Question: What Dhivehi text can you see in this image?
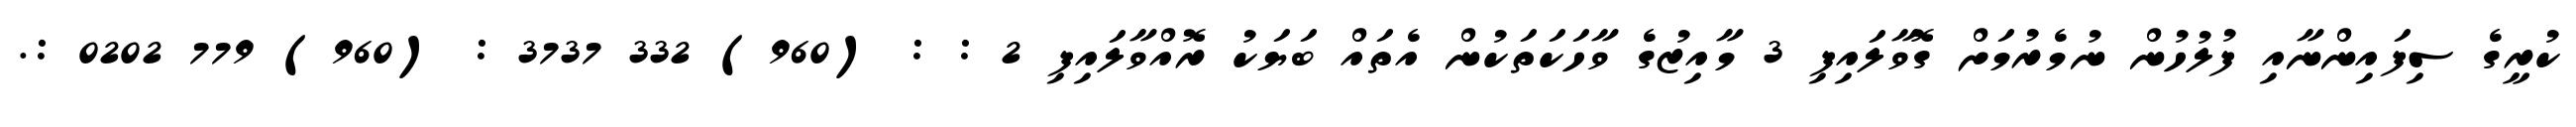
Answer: ކުރީގެ ސިފައިންނާއި ފުލުހުން ނުމެރުމަށް ގޮވާލައިފި 3 މާއިޒުގެ ވާހަކަތަކުން އެތައް ބަޔަކު ރޮއްވާލައިފި 2 : : (960) 332 3737 : (960) 779 0202 :.